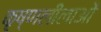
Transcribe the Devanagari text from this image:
कृष्णलीलाओं